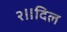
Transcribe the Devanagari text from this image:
२॥दिल